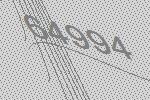
64994